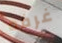
غرفه